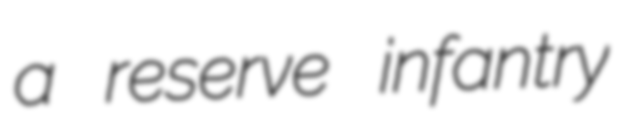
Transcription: a reserve infantry